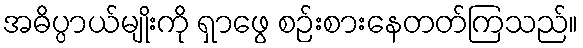
အဓိပ္ပာယ်မျိုးကို ရှာဖွေ စဉ်းစားနေတတ်ကြသည်။